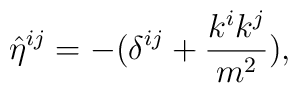
{\hat\eta}^{ij} = - (\delta^{ij} + {k^i k^j\over m^2}),